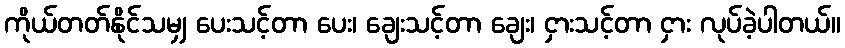
ကိုယ်တတ်နိုင်သမျှ ပေးသင့်တာ ပေး၊ ချေးသင့်တာ ချေး၊ ငှားသင့်တာ ငှား လုပ်ခဲ့ပါတယ်။